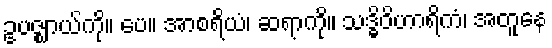
ဥပဇ္ဈာယ်ကို။ ပေ။ အာစရိယံ၊ ဆရာကို။ သဒ္ဓိဝိဟာရိကံ၊ အတူနေ